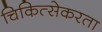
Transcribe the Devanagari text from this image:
चिकित्सेकरता